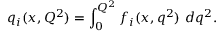
q _ { i } ( x , Q ^ { 2 } ) = \int _ { 0 } ^ { Q ^ { 2 } } f _ { i } ( x , q ^ { 2 } ) \ d q ^ { 2 } .